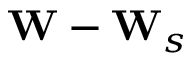
{ \mathbf W } - { \mathbf W } _ { s }